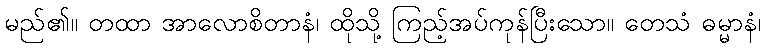
မည်၏။ တထာ အာလောစိတာနံ၊ ထိုသို့ ကြည့်အပ်ကုန်ပြီးသော။ တေသံ ဓမ္မာနံ၊